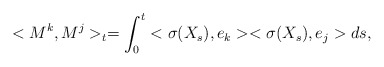
\begin{align*}<M^k, M^j>_t=\int_0^t<\sigma(X_s),e_k><\sigma(X_s),e_j> ds,\end{align*}